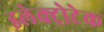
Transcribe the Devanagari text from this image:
इलेक्ट्रोटेक